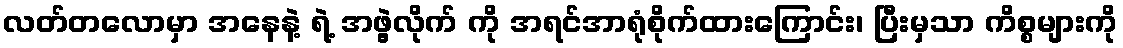
လတ်တလောမှာ အနေနဲ့ ရဲ့ အဖွဲ့လိုက် ကို အရင်အာရုံစိုက်ထားကြောင်း၊ ပြီးမှသာ ကိစ္စများကို